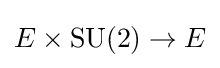
E\times \operatorname {SU} (2)\rightarrow E